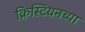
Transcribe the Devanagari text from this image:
क्रिस्टियनच्या